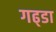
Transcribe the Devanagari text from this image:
गढ्‌डा